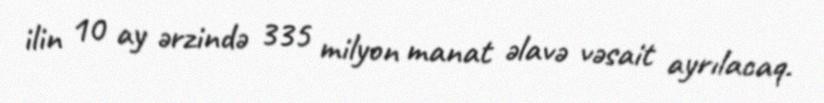
ilin 10 ay ərzində 335 milyon manat əlavə vəsait ayrılacaq.